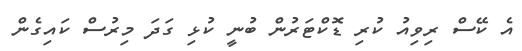
އެ ކޭސް ރިވިއު ކުރި ޑޮކްޓަރުން ބުނީ ކުޅި ގަދަ މިރުސް ކައިގެން